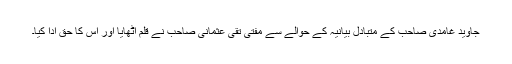
جاوید غامدی صاحب کے متبادل بیانیہ کے حوالے سے مفتی تقی عثمانی صاحب نے قلم اٹھایا اور اس کا حق ادا کیا۔